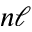
n \ell